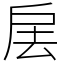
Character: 㧁